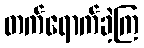
တက်ရောက်ခဲ့ကြ